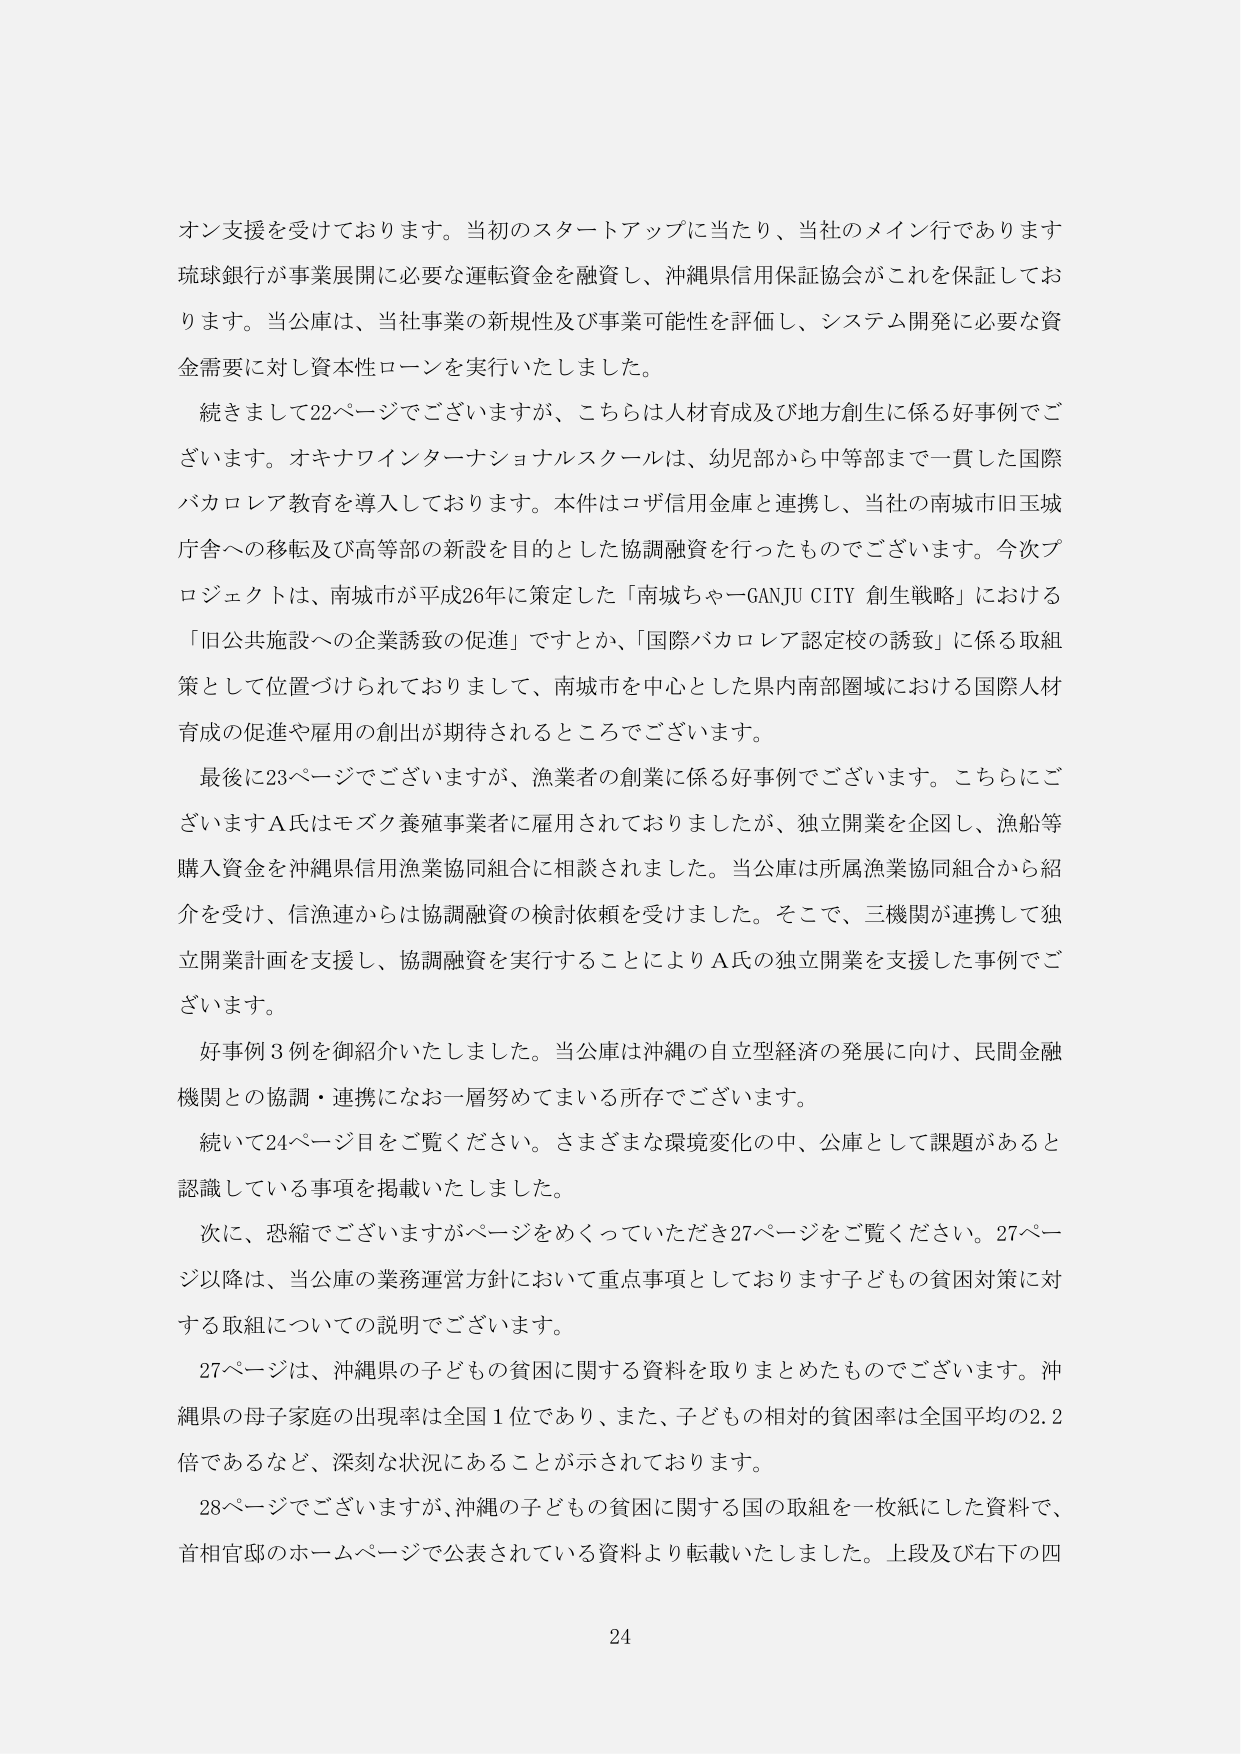
オン支援を受けております。当初のスタートアップに当たり、当社のメイン行であります
琉球銀行が事業展開に必要な運転資金を融資し、沖縄県信用保証協会がこれを保証しており
ます。当公庫は、当社事業の新規性及び事業可能性を評価し、システム開発に必要な資
金需要に対し資本性ローンを実行いたしました。

続きまして22ページでございますが、こちらは人材育成及び地方創生に係る好事例でご
ざいます。オキナワインターナショナルスクールは、幼児部から中等部まで一貫した国際
バカロレア教育を導入しております。本件はコザ信用金庫と連携し、当社の南城市旧玉城
庁舎への移転及び高等部の新設を目的とした協調融資を行ったものでございます。今次プ
ロジェクトは、南城市が平成26年に策定した「南城ちゃーGANJU CITY 創生戦略」における
「旧公共施設への企業誘致の促進」ですとか、「国際バカロレア認定校の誘致」に係る取組
策として位置づけられておりまして、南城市を中心とした県内南部圏域における国際人材
育成の促進や雇用の創出が期待されるところでございます。

最後に23ページでございますが、漁業者の創業に係る好事例でございます。こちらにご
ざいますA氏はモズク養殖事業者に雇用されておりましたが、独立開業を企図し、漁船等
購入資金を沖縄県信用漁業協同組合に相談されました。当公庫は所属漁業協同組合から紹
介を受け、信漁連からは協調融資の検討依頼を受けました。そこで、三機関が連携して独
立開業計画を支援し、協調融資を実行することによりA氏の独立開業を支援した事例でご
ざいます。

好事例3例を御紹介いたしました。当公庫は沖縄の自立型経済の発展に向け、民間金融
機関との協調・連携になお一層努めてまいる所存でございます。

続いて24ページ目をご覧ください。さまざまな環境変化の中、公庫として課題があると
認識している事項を掲載いたしました。

次に、恐縮でございますがページをめくっていただき27ページをご覧ください。27ページ以降は、当公庫の業務運営方針において重点事項としております子どもの貧困対策に対する取組についての説明でございます。

27ページは、沖縄県の子どもの貧困に関する資料を取りまとめたものでございます。沖縄県の母子家庭の出現率は全国1位であり、また、子どもの相対的貧困率は全国平均の2.2倍であるなど、深刻な状況にあることが示されております。

28ページでございますが、沖縄の子どもの貧困に関する国の取組を一枚紙にした資料で、首相官邸のホームページで公表されている資料より転載いたしました。上段及び右下の四

24